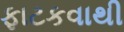
ફાટકવાથી